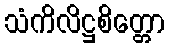
သံကိလိဋ္ဌစိတ္တော